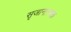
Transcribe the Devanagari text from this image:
सृजानात्मक